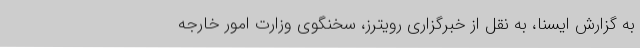
به گزارش ایسنا، به نقل از خبرگزاری رویترز، سخنگوی وزارت امور خارجه